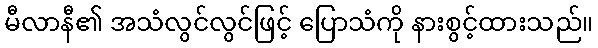
မီလာနီ၏ အသံလွင်လွင်ဖြင့် ပြောသံကို နားစွင့်ထားသည်။